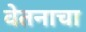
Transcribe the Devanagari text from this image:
वेतनाचा